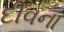
દીવના